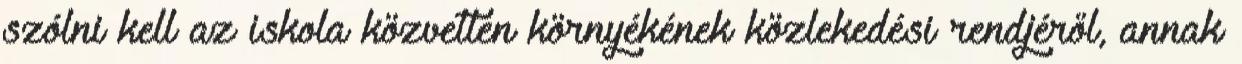
szólni kell az iskola közvetlen környékének közlekedési rendjéről, annak